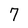
Character: 7